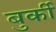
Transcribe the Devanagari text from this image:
बुर्की